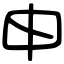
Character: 申